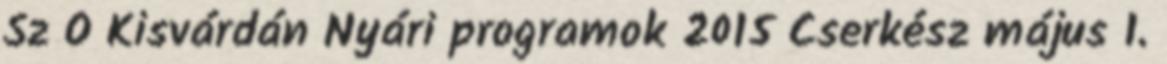
Sz O Kisvárdán Nyári programok 2015 Cserkész május 1.